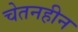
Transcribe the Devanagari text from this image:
चेतनहीन